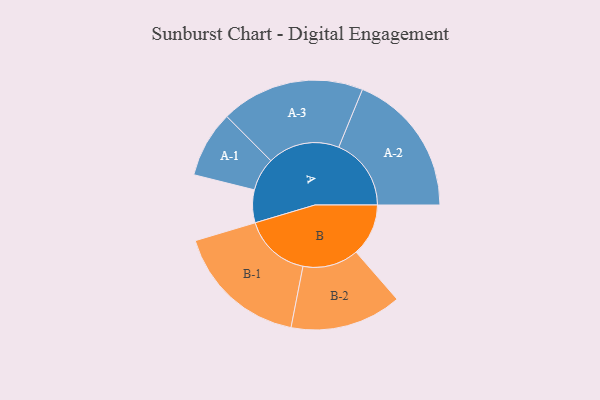
{"axis": {"x": "Segment", "y": "Value"}, "legend": ["", "A", "B"], "data": [{"x": "A", "y": 132, "type": ""}, {"x": "B", "y": 211, "type": ""}, {"x": "A-1", "y": 134, "type": "A"}, {"x": "A-2", "y": 292, "type": "A"}, {"x": "A-3", "y": 290, "type": "A"}, {"x": "B-1", "y": 269, "type": "B"}, {"x": "B-2", "y": 225, "type": "B"}]}